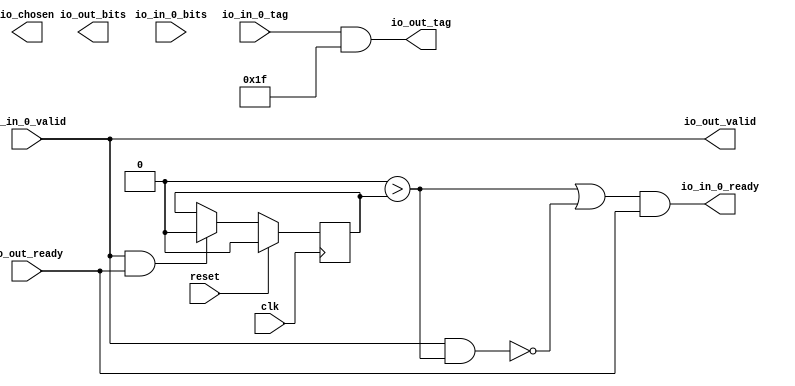
module gRRArbiter_1_1(input clk, input reset,
    input  io_out_ready,
    output io_out_valid,
    output[31:0] io_out_bits,
    output[4:0] io_out_tag,
    output io_in_0_ready,
    input  io_in_0_valid,
    input [31:0] io_in_0_bits,
    input [4:0] io_in_0_tag,
    output io_chosen);
  wire[4:0] T0;
  wire[6:0] T1;
  wire[6:0] tvec_0;
  wire[6:0] T2;
  wire T3;
  wire T4;
  wire T5;
  wire T6;
  wire T7;
  reg[0:0] last_grant;
  wire T8;
  wire T9;
  wire T10;
  assign io_out_valid = io_in_0_valid;
  assign io_out_tag = T0;
  assign T0 = T1[3'h4:1'h0];
  assign T1 = tvec_0 & 7'h7f;
  assign tvec_0 = T2;
  assign T2 = {2'h0, io_in_0_tag};
  assign io_in_0_ready = T3;
  assign T3 = T4 && io_out_ready;
  assign T4 = T10 || T5;
  assign T5 = ! T6;
  assign T6 = io_in_0_valid && T7;
  assign T7 = 1'h0 > last_grant;
  assign T8 = io_out_valid && io_out_ready;
  assign T9 = T8 ? 1'h0 : last_grant;
  assign T10 = 1'h0 > last_grant;
  always @(posedge clk) begin
    if(reset) begin
      last_grant <= 1'h0;
    end else if(T8) begin
      last_grant <= T9;
    end
  end
endmodule